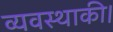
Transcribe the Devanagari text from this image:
व्यवस्थाकी।